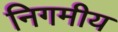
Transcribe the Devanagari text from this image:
निगमीय